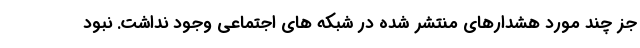
جز چند مورد هشدارهای منتشر شده در شبکه های اجتماعی وجود نداشت. نبود